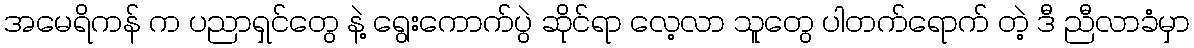
အမေရိကန် က ပညာရှင်တွေ နဲ့ ရွေးကောက်ပွဲ ဆိုင်ရာ လေ့လာ သူတွေ ပါတက်ရောက် တဲ့ ဒီ ညီလာခံမှာ